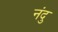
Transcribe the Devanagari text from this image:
नंदु